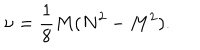
\nu = { \frac { 1 } { 8 } } M ( N ^ { 2 } - M ^ { 2 } ) .